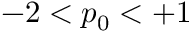
- 2 < p _ { 0 } < + 1